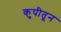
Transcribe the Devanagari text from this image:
कुपीतून